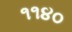
૧૧૪૦